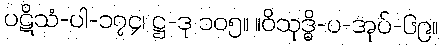
ပဋိသံ-ပါ-၁၇၄၊ ဋ္ဌ-ဒု ၁၀၅။ ။ဝိသုဒ္ဓိ-ပ-အုပ်-၆၉။